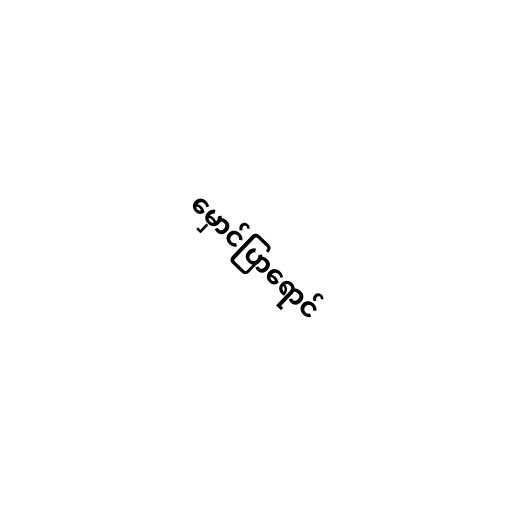
မှောင်ပြာရောင်